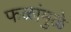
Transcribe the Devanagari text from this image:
फळांमुळे